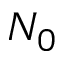
N _ { 0 }